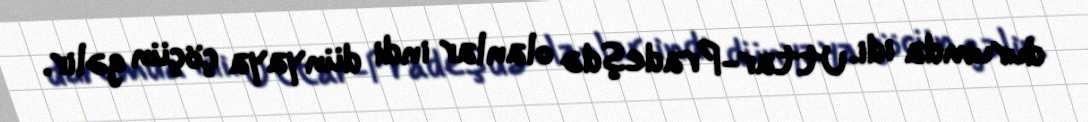
durumda idi. Uttar-Pradeşdə olanlar indi dünyaya çöçün gəlir.